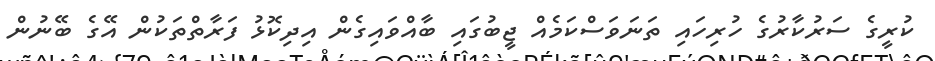
ކުރީގެ ސަރުކާރުގެ ހުރިހައި ތަނަވަސްކަމެއް ޖީބުގައި ބާއްވައިގެން އިދިކޮޅު ފަރާތްތަކުން އޭގެ ބޭނުން